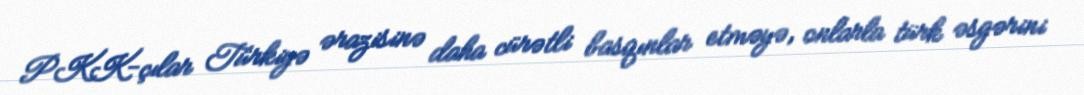
PKK-çılar Türkiyə ərazisinə daha cürətli basqınlar etməyə, onlarla türk əsgərini